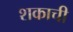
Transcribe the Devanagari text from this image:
शकाची